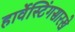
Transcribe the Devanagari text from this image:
हार्वेस्टिंगसारखे